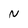
Character: N